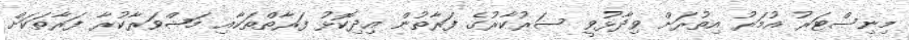
މިނިސްޓަރު އުމަރު އިތުރަށް ވިދާޅުވީ ސަރުކާރުގެ ފަރާތުން އިދިކޮޅު ފަރާތްތަކާއި މަޝްވަރާކުރާ ފަރާތަކަށް